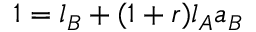
1 = l _ { B } + ( 1 + r ) l _ { A } a _ { B }